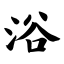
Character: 浴